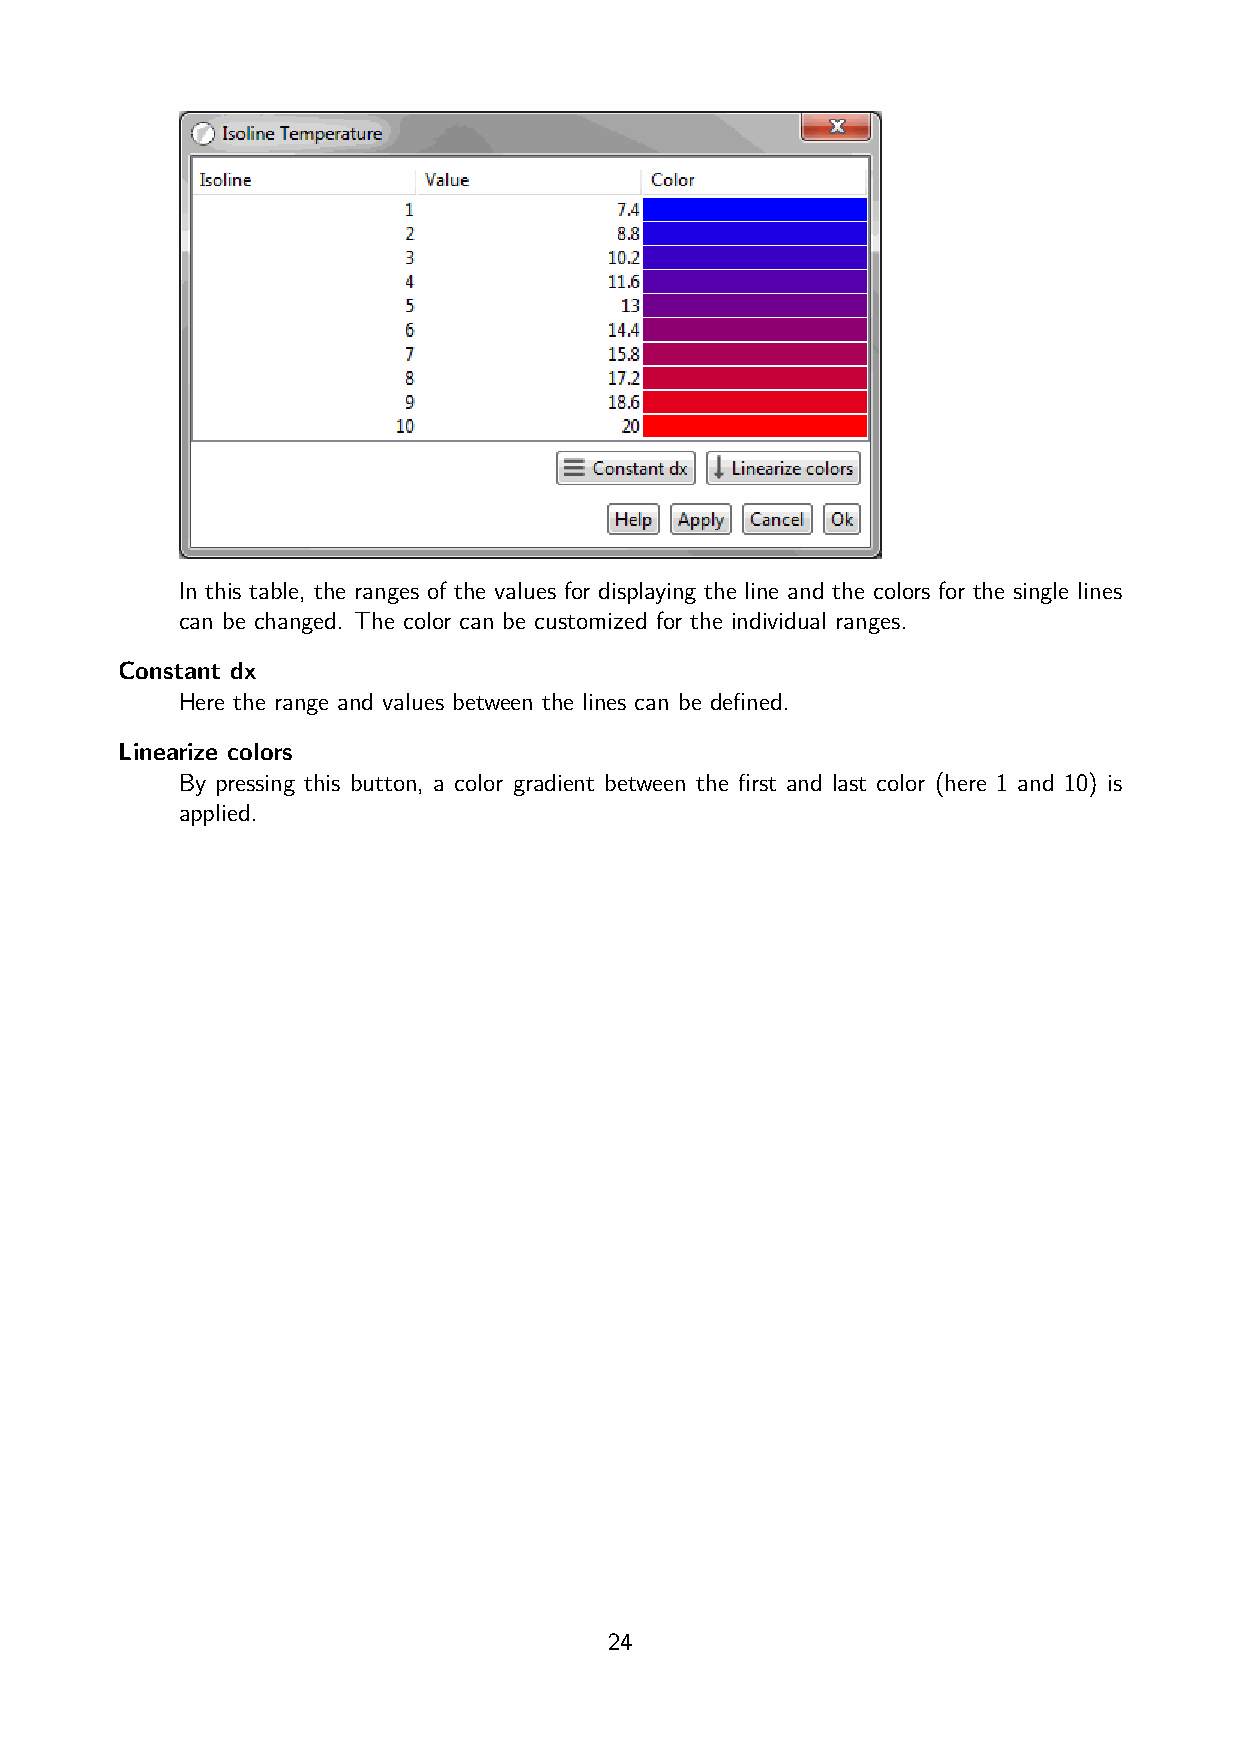
In this table, the ranges of the values for displaying the line and the colors for the single lines
 can be changed. The color can be customized for the individual ranges.
 Constant dx
 Here the range and values between the lines can be defined.
 Linearize colors
 By pressing this button, a color gradient between the first and last color (here 1 and 10) is
 applied.
 24